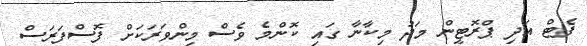
ފެޓް އަދި ޕްރޮޓީން މަދު މިކާނާ ގައި ކޮންމެ ވެސް މިންވަރަކަށް ފޮސްފަރަސް